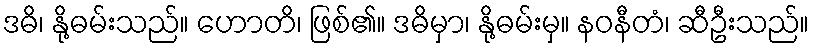
ဒဓိ၊ နို့ဓမ်းသည်။ ဟောတိ၊ ဖြစ်၏။ ဒဓိမှာ၊ နို့ဓမ်းမှ။ နဝနီတံ၊ ဆီဦးသည်။